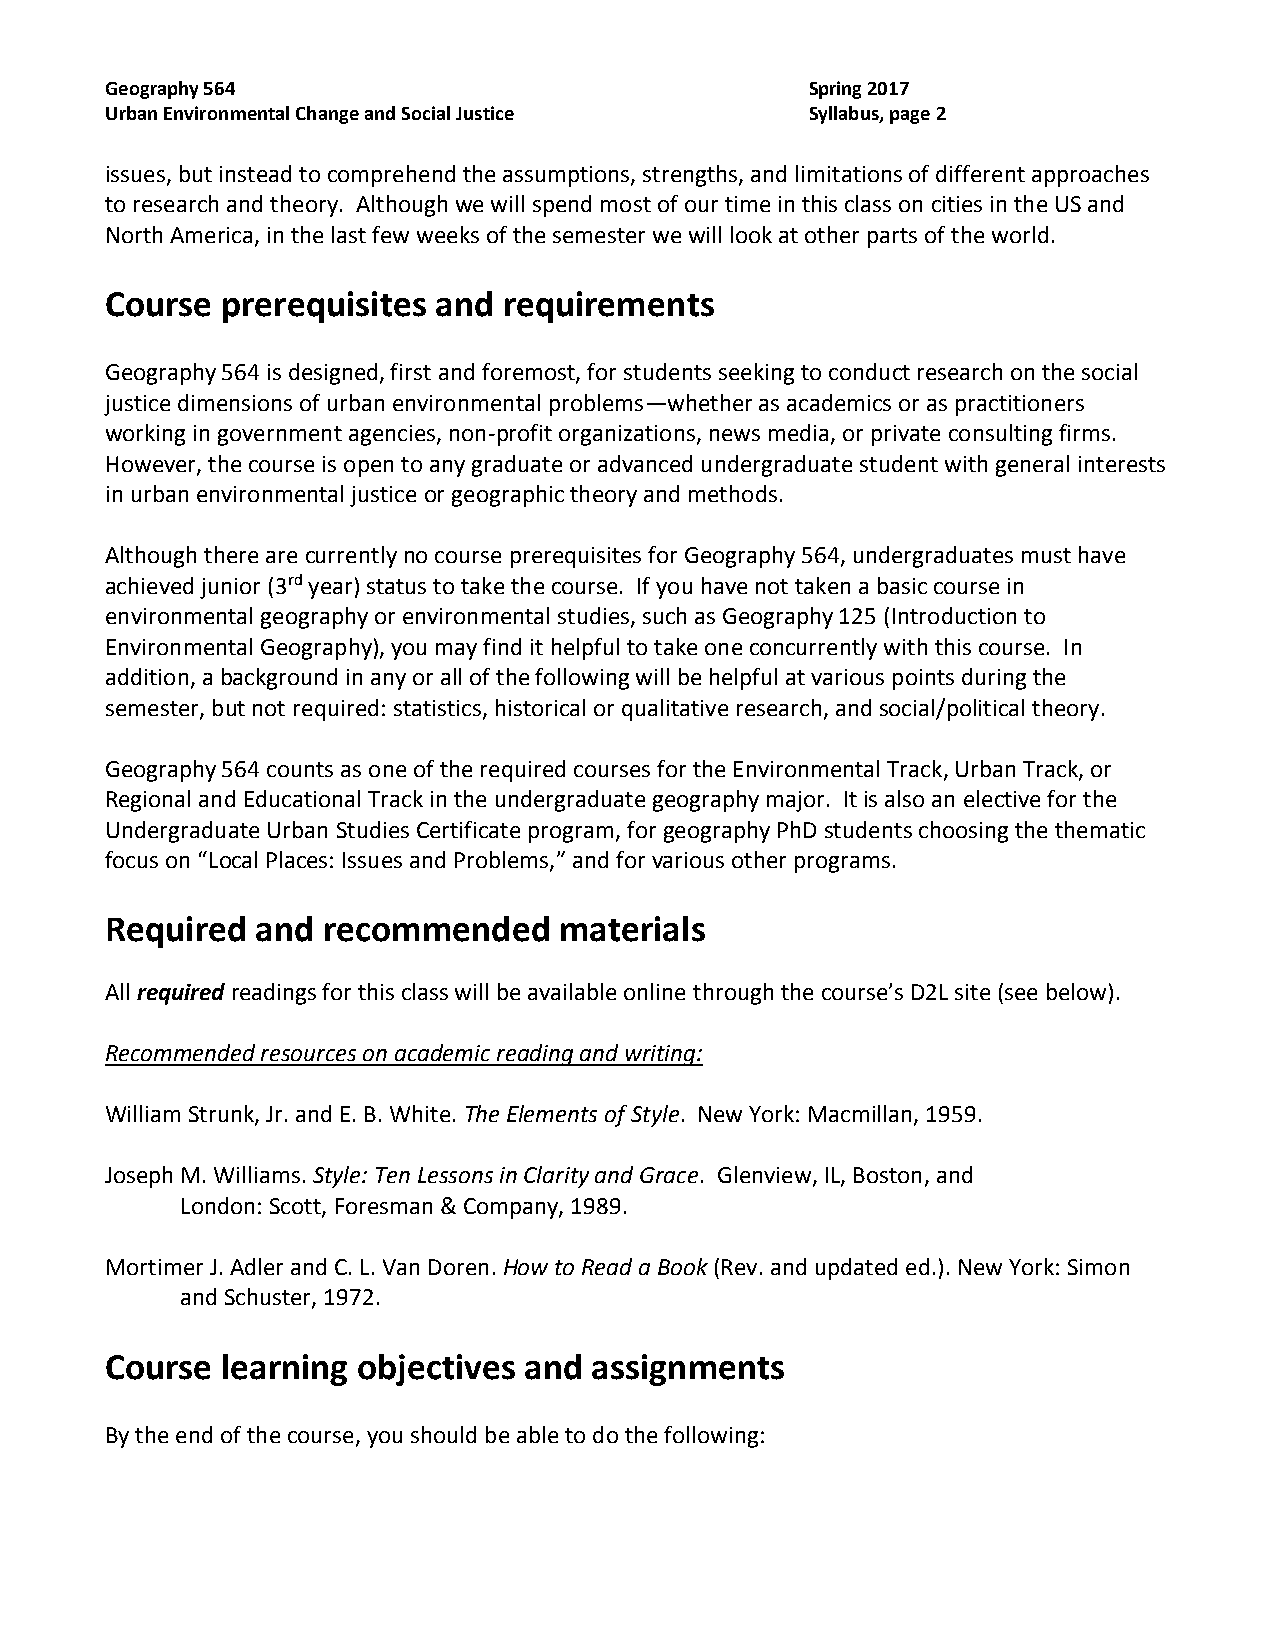
Geography 564                                  Spring 2017
 Urban Environmental Change and Social Justice  Syllabus, page 2
 issues, but instead to comprehend the assumptions, strengths, and limitations of different approaches
 to research and theory. Although we will spend most of our time in this class on cities in the US and
 North America, in the last few weeks of the semester we will look at other parts of the world.
 Course  prerequisites and requirements
 Geography 564 is designed, first and foremost, for students seeking to conduct research on the social
 justice dimensions of urban environmental problems—whether as academics or as practitioners
 working in government agencies, non-profit organizations, news media, or private consulting firms.
 However, the course is open to any graduate or advanced undergraduate student with general interests
 in urban environmental justice or geographic theory and methods.
 Although there are currently no course prerequisites for Geography 564, undergraduates must have
 achieved junior (3rd year) status to take the course. If you have not taken a basic course in
 environmental geography or environmental studies, such as Geography 125 (Introduction to
 Environmental Geography), you may find it helpful to take one concurrently with this course. In
 addition, a background in any or all of the following will be helpful at various points during the
 semester, but not required: statistics, historical or qualitative research, and social/political theory.
 Geography 564 counts as one of the required courses for the Environmental Track, Urban Track, or
 Regional and Educational Track in the undergraduate geography major. It is also an elective for the
 Undergraduate Urban Studies Certificate program, for geography PhD students choosing the thematic
 focus on “Local Places: Issues and Problems,” and for various other programs.
 Required  and recommended     materials
 All required readings for this class will be available online through the course’s D2L site (see below).
 Recommended resources on academic reading and writing:
 William Strunk, Jr. and E. B. White. The Elements of Style. New York: Macmillan, 1959.
 Joseph M. Williams. Style: Ten Lessons in Clarity and Grace. Glenview, IL, Boston, and
 London: Scott, Foresman & Company, 1989.
 Mortimer J. Adler and C. L. Van Doren. How to Read a Book (Rev. and updated ed.). New York: Simon
 and Schuster, 1972.
 Course  learning objectives and assignments
 By the end of the course, you should be able to do the following: